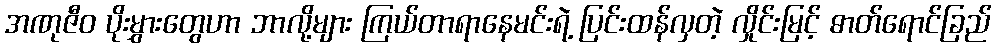
အဏုဇီဝ ပိုးမွှားတွေဟာ ဘာလို့များ ကြယ်တာရာနေမင်းရဲ့ ပြင်းထန်လှတဲ့ လှိုင်းမြင့် ဓာတ်ရောင်ခြည်